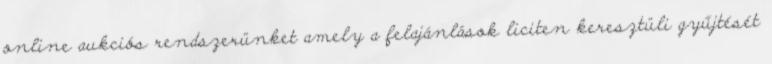
online aukciós rendszerünket amely a felajánlások liciten keresztüli gyűjtését